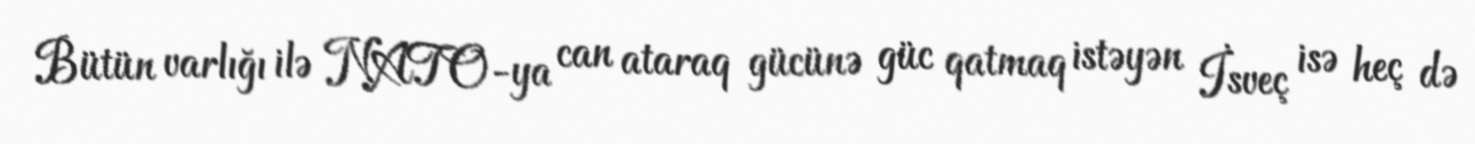
Bütün varlığı ilə NATO-ya can ataraq gücünə güc qatmaq istəyən İsveç isə heç də